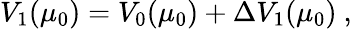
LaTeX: V_{1}(\mu_{0})=V_{0}(\mu_{0})+{\Delta}V_{1}(\mu_{0})\ ,